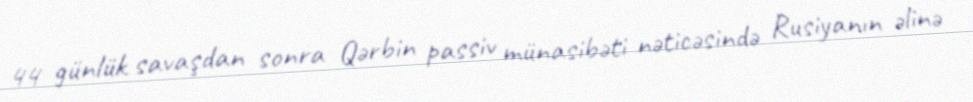
44 günlük savaşdan sonra Qərbin passiv münasibəti nəticəsində Rusiyanın əlinə